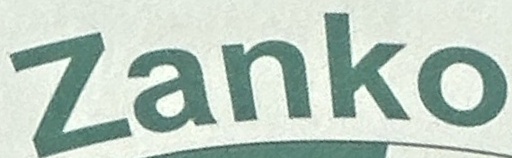
Zanko